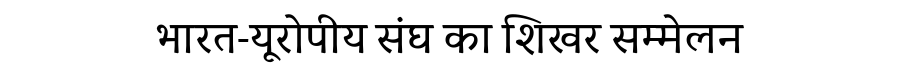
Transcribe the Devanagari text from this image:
भारत-यूरोपीय संघ का शिखर सम्मेलन